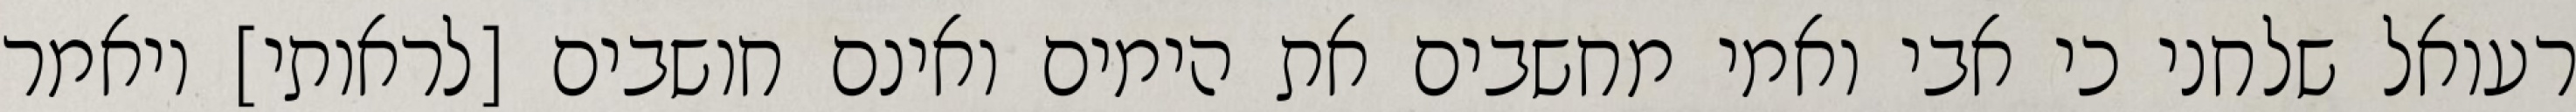
רעואל שלחני כי אבי ואמי מחשבים את הימים ואינם חושבים [לראותי] ויאמר